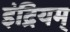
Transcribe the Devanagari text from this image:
इंद्रियम्